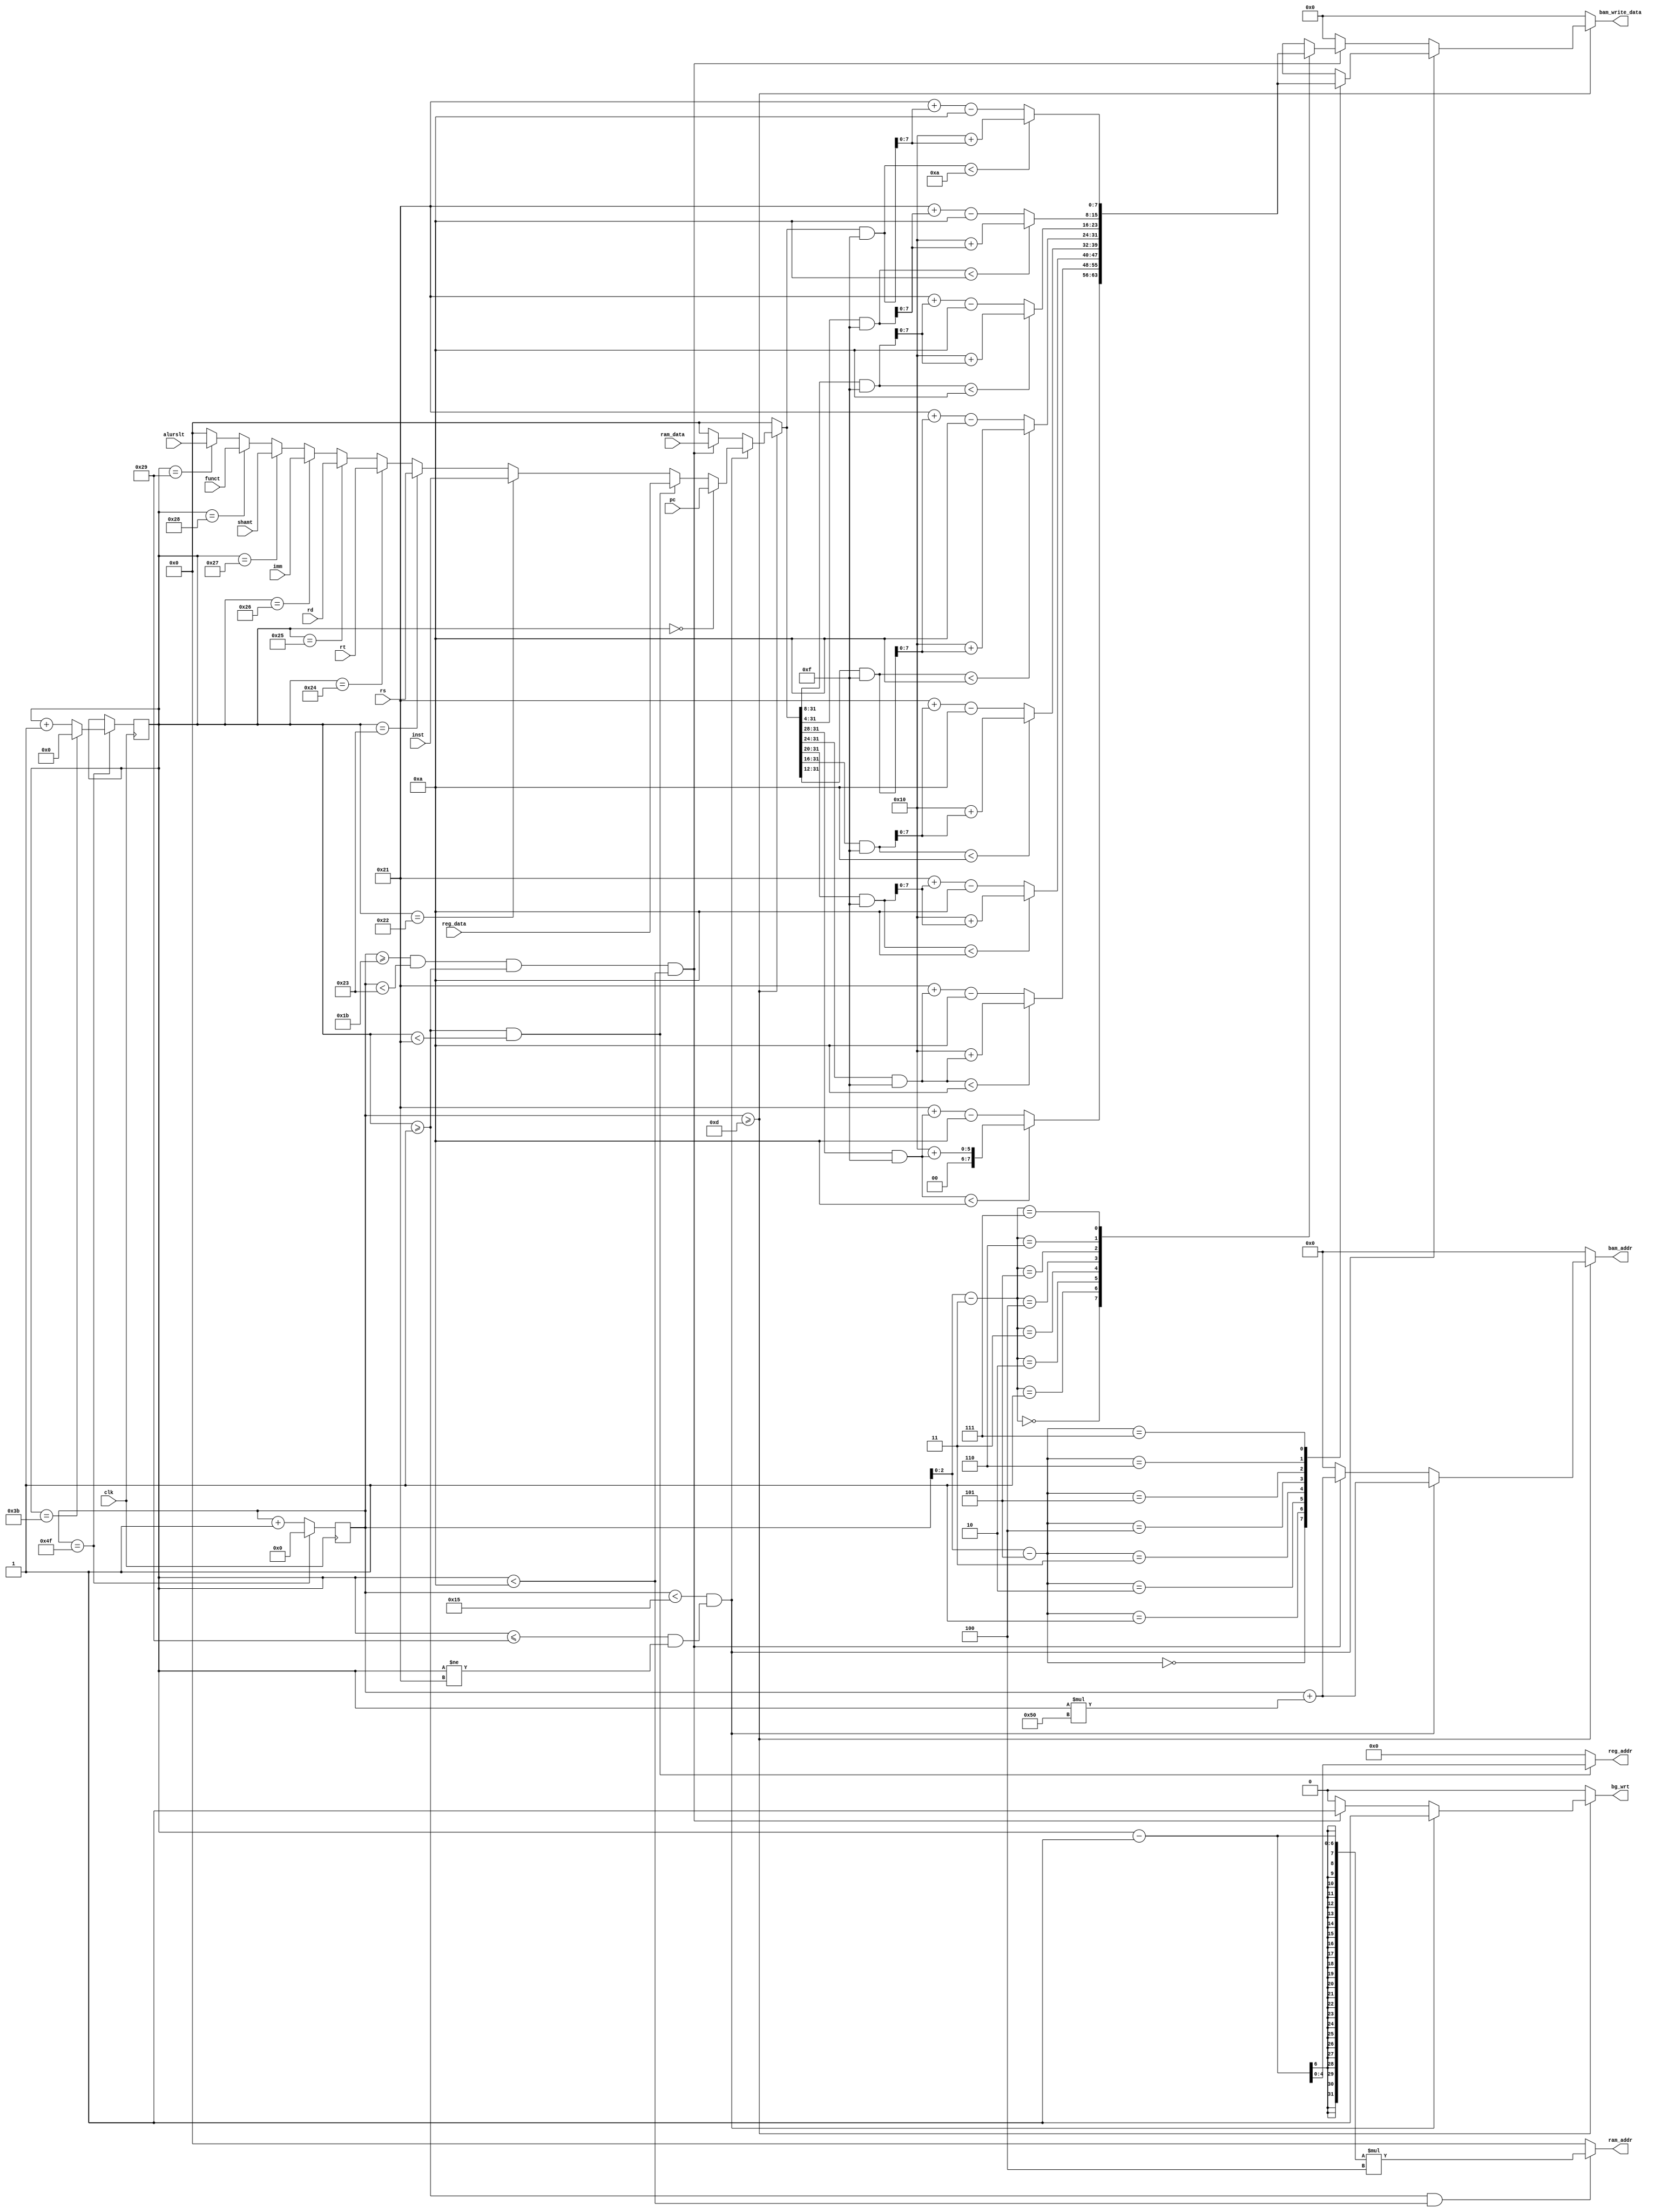
`timescale 1ns / 1ps
//////////////////////////////////////////////////////////////////////////////////
// Company: 
// Engineer: 
// 
// Design Name: 
// Module Name: debug_screen
// Project Name: 
// Target Devices: 
// Tool Versions: 
// Description: 
// 
// Dependencies: 
// 
// Revision:
// Revision 0.01 - File Created
// Additional Comments:
// 
//////////////////////////////////////////////////////////////////////////////////


module debug_screen # (
    parameter CHAR_WIDTH = 8,
    parameter CHAR_HEIGHT = 8,
    parameter SCREEN_WIDTH = 640,
    parameter SCREEN_HEIGHT = 480,
    parameter CHARS_PER_ROW = SCREEN_WIDTH / CHAR_WIDTH,
    parameter CHARS_PER_COL = SCREEN_HEIGHT / CHAR_HEIGHT
)
(
    input wire clk,
    input wire [31:0] pc,
    input wire [31:0] reg_data, ram_data,
    input wire [31:0] inst, rs, rt, rd, imm, shamt, funct, alurslt,
    output wire [4:0] reg_addr,
    output wire [31:0] ram_addr,
    output reg bg_wrt,
    output reg [12:0] bam_addr,
    output reg [7:0] bam_write_data
);

reg [6:0] char_x = 0;
reg [5:0] char_y = 0;
reg [6:0] next_char_x = 0;
reg [5:0] next_char_y = 0;
reg [31:0] hex_data;
reg [7:0] hex_char[7:0];
integer i, hex;
always @ (posedge clk) begin
    char_x <= next_char_x;
    char_y <= next_char_y;
end
assign reg_addr = char_y >= 1 && char_y < 33 ? char_y - 1 : 0; 
assign ram_addr = char_y >= 1 && char_y < 10 ? (char_y - 1) * 4 : 0;
always @ * begin
    bam_write_data = 0;
    next_char_y = char_y;
    hex_data = 0;
    bam_addr = 0;
    bg_wrt = 0;
    if (char_x >= 13) begin
        if (char_x < 21 && (char_y <= 41 && char_y != 33)) begin
            if (char_y == 0) hex_data = pc;
            else if (char_y >= 1 && char_y < 33) hex_data = reg_data;
            else if (char_y == 34) hex_data = inst;
            else if (char_y == 35) hex_data = rs;
            else if (char_y == 36) hex_data = rt;
            else if (char_y == 37) hex_data = rd;
            else if (char_y == 38) hex_data = imm;
            else if (char_y == 39) hex_data = shamt;
            else if (char_y == 40) hex_data = funct;
            else if (char_y == 41) hex_data = alurslt;
            
            bg_wrt = 1;
            bam_write_data = hex_char[char_x - 13];
            bam_addr = char_x + char_y * CHARS_PER_ROW;
        end 
        else if (char_x >= 27 && char_x < 35 && char_y >= 1 && char_y < 10) begin
            bg_wrt = 1;
            bam_write_data = hex_char[char_x - 27];
            bam_addr = char_x + char_y * CHARS_PER_ROW;
            
            hex_data = ram_data;
            
        end
    end 
    
    if (char_x == CHARS_PER_ROW - 1) begin
        if (char_y == CHARS_PER_COL - 1) begin
            next_char_y = 0;
        end else begin 
            next_char_y = char_y + 1;
        end
        next_char_x = 0;
    end else begin 
        next_char_x = char_x + 1;
    end
    
    for (i = 0; i < 8; i = i + 1) begin
        hex = (hex_data >> ((7 - i) * 4) & 4'hF);
        hex_char[i] = hex < 10 ? 8'b00010000 + hex : 8'b00100001 + hex - 10 ;
    end
    
end

endmodule